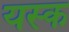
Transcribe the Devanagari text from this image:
यस्क